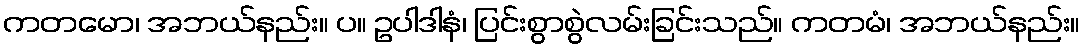
ကတမော၊ အဘယ်နည်း။ ပ။ ဥပါဒါနံ၊ ပြင်းစွာစွဲလမ်းခြင်းသည်။ ကတမံ၊ အဘယ်နည်း။